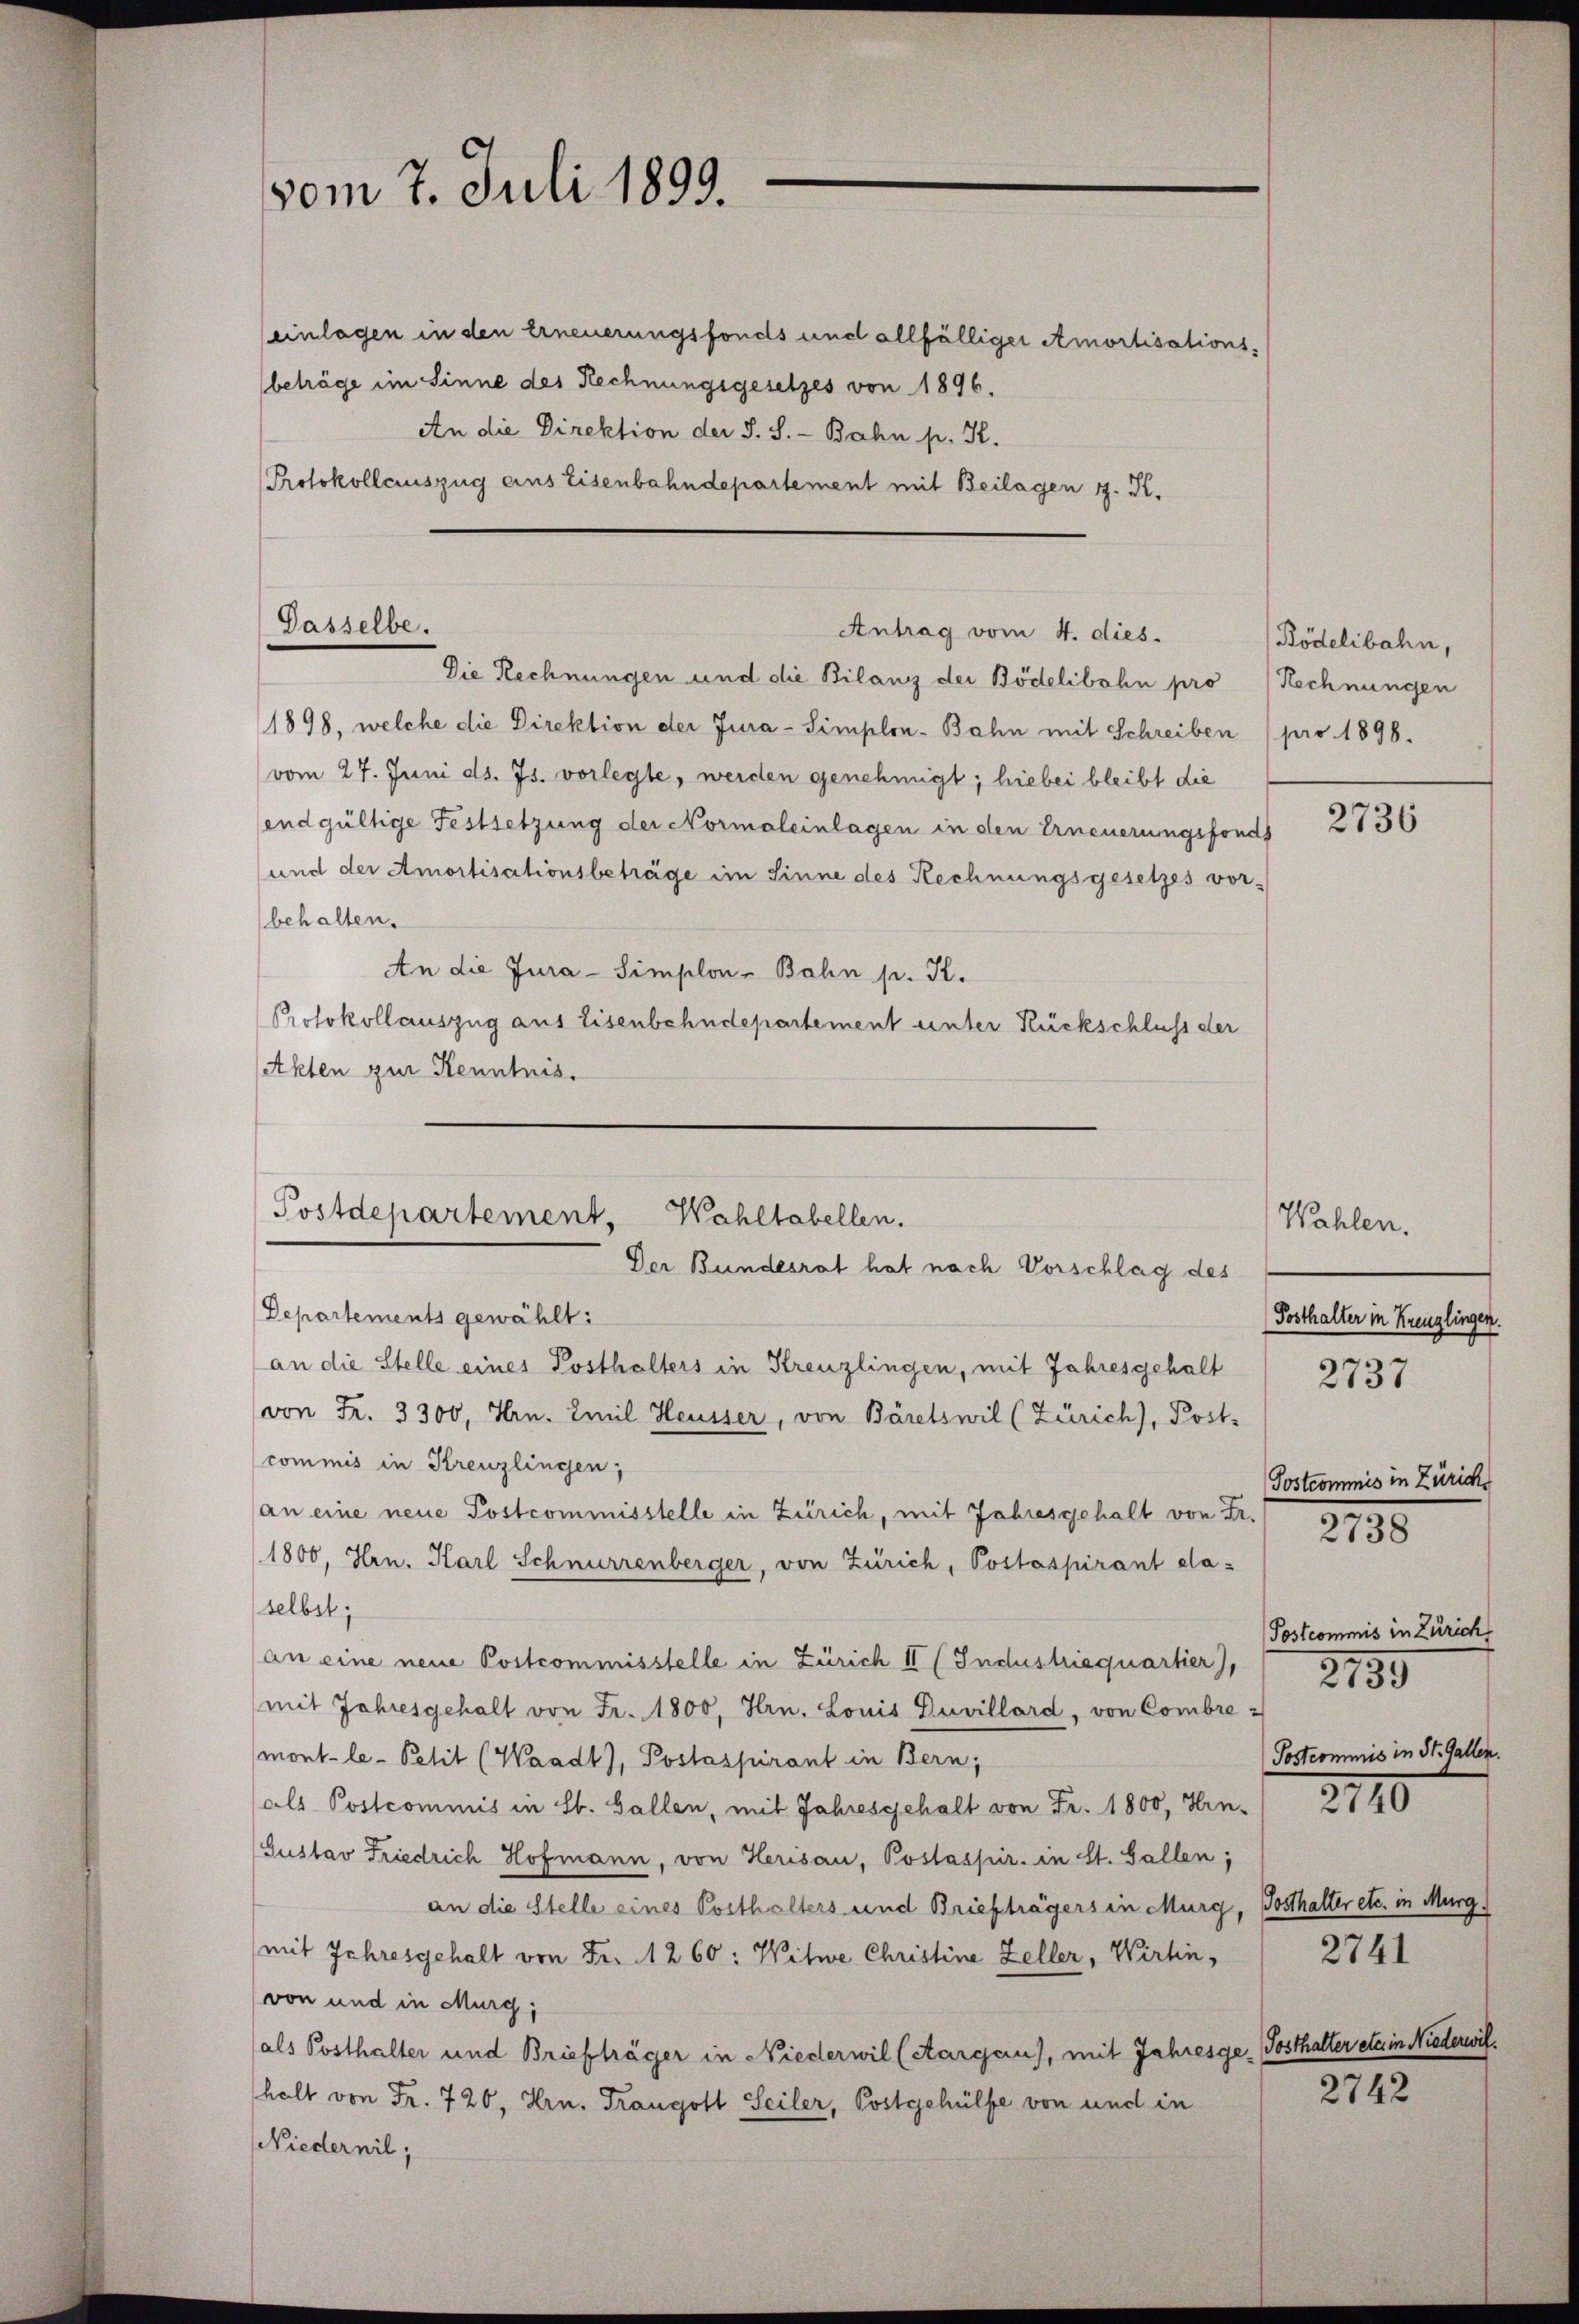
vom 7. Juli 1899.

einlagen in den Erneuerungsfonds und allfälliger Amortisationsbeträge im Sinne des Rechnungsgesetzes von 1896.
An die Direktion der S. S. - Bahn p. K.
Protokollauszug ains Eisenbahndepartement mit Beilagen z. K.

Gasselbe.

Antrag vom 4. dies.

Die Rechnungen und die Bilanz der Bödelibahn pro (Rechnungen
1898, welche die Direktion der Jura - Simplon-Bahn mit Schreiben pro 1898.
vom 27. Juni d. Js. vorlegte, werden genehmigt; hiebei bleibt die
endgültige Festsetzung der Normaleinlagen in den Erneuerungsfonds
und der Amortisationsbeträge im Sinne des Rechnungsgesetzes vor-
behalten.
An die Jura - Simplon-Bahn p. K.
Protokollauszug aus Eisenbehndepartement unter Rückschluss der
Akten zur Kenntnis.

Postdepartement. Wahltabellen.
Der Bundesrat hat nach Vorschlag des
Departements gewählt:
an die Stelle eines Posthalters in Kreuzlingen, mit Jahresgehalt
von Fr. 3300, Hrn. Emil Heusser, von Bäretswil (Zürich), Post-
commis in Kreuzlingen,
an eine neue Postcommisstelle in Zürich, mit Jahresgehalt von Fr.

1800, Hrn. Karl Schnurrenberger, von Zürich, Postaspirant da-
selbst;
an eine neue Postcommisstelle in Zürich II (Industriequartier),
mit Jahresgehalt von Fr. 1800, Hrn. Louis Duvillard, von Combre-
mont-le- Petit (Waadt), Postaspirant in Bern,
als Postcommis in St. Gallen, mit Jahresgehalt von Fr. 1800, Hin-
Gustav Friedrich Hofmann, von Herisau, Postaspir. in St. Gallen;
an die Stelle eines Posthalters und Briefträgers in Murg, Posthalter etc. in Murg.
mit Jahresgehalt von Fr. 1260: Witwe Christine Zeller, Wirtin,
von und in Murg;
als Posthalter und Briefträger in Niederwil (Aargau), mit Jahresge, Posthalter etc. in Niederwilhalt von Fr. 720, Hrn. Trangoll Seiler, Postgehülfe von und in
Niedernil;

Rödelibahn,

Wahlen.
Posthalter in Kreuzlingen.

2736

2737

Postcommis in Zürich
2738

Postcommis in Zürich
Postcommis in St. Gallen.

2135

2110

2742

2741